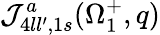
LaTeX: {\cal J}_{4ll^{\prime},1s}^{a}(\Omega_{1}^{+},q)